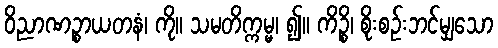
ဝိညာဏဉ္စာယတနံ၊ ကို။ သမတိက္ကမ္မ၊ ၍။ ကိဉ္စိ၊ စိုးစဉ်းဘင်မျှသော